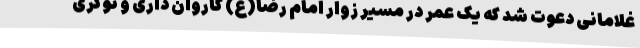
غلامانی دعوت شد که یک عمر در مسیر زوار امام رضا(ع) کاروان داری و نوکری